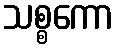
သစ္စကော